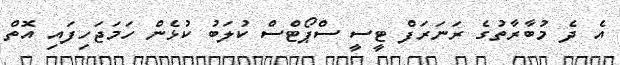
އެ ދެ މުބާރާތުގެ ރަނަރަފް ޓީސީ ސްޕޯޓްސް ކުލަބު ކުޅެން ހަމަޖަހިފައި އޮތް